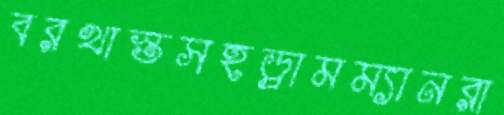
বরখাস্তসহড্রামম্যানরা